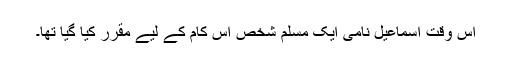
اس وقت اسماعیل نامی ایک مسلم شخص اس کام کے لیے مقرر کیا گیا تھا۔